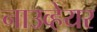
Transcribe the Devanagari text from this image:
नाउव्हेयर